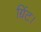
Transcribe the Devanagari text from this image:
ग्रिंट।